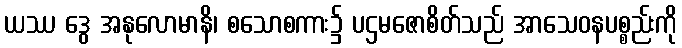
ယဿ ဒွေ အနုလောမာနိ၊ စသောစကား၌ ပဌမဇောစိတ်သည် အာသေဝနပစ္စည်းကို